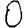
Digit: 0